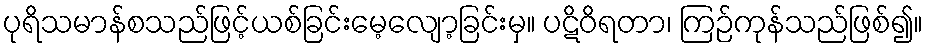
ပုရိသမာန်စသည်ဖြင့်ယစ်ခြင်းမေ့လျော့ခြင်းမှ။ ပဋိဝိရတာ၊ ကြဉ်ကုန်သည်ဖြစ်၍။